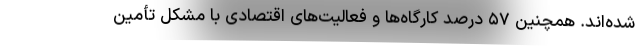
شده‌اند. همچنین ۵۷ درصد کارگاه‌ها و فعالیت‌های اقتصادی با مشکل تأمین